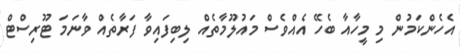
އެހެންކަމުން މި މީހާއާ ބެހޭ އެއްވެސް މައުލޫމާތެއް ލިބިފައިވާ ފަރާތެއް ވާނަމަ ޓޫރިސްޓް